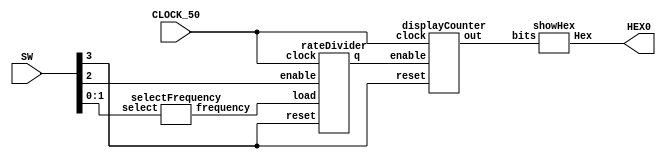
module part2(HEX0, SW, CLOCK_50);
	input [3:0] SW;
	input CLOCK_50;

	output [6:0] HEX0;
	
	wire [27:0] load;
	wire en;
	wire [3:0] out;
	
	selectFrequency sf(.select(SW[1:0]), .frequency(load));
	rateDivider rd(.load(load), .enable(SW[2]), .clock(CLOCK_50), .reset(SW[3]), .q(en));
	displayCounter dc(.enable(en), .clock(CLOCK_50), .reset(SW[3]), .out(out));
	showHex sh(.bits(out), .Hex(HEX0));
endmodule

module selectFrequency(select, frequency);
	input [1:0] select;
	output reg [27:0] frequency;
		
	always @(*)
	begin
		case(select[1:0])
			2'b00: frequency = 28'd0;
			2'b01: frequency = 28'd49_999_999;
			2'b10: frequency = 28'd99_999_999;
			2'b11: frequency = 28'd199_999_999;
			default: frequency = 28'd0;
		endcase
	end
endmodule

module rateDivider(load, enable, clock, reset, q);
	input [27:0] load;
	input enable, clock, reset;
	output q;
	
	reg [27:0] out;
	
	always @(posedge clock)
	begin
		if(reset == 1'b0)
			out <= load[27:0];
		else if(enable == 1'b1)
		begin
			if(out == 28'd0)
				out <= load;
			else
				out = out - 1'b1;
		end
	end
	
	assign q = (out == 28'd0) ? 1 : 0;
endmodule

module displayCounter(enable, clock, reset, out);
	input enable, clock, reset;
	output reg [3:0] out;
	
	always @(posedge clock)
	begin
		if(reset == 1'b0)
			out <= 4'b0000;
		else if(enable == 1'b1)
		begin
			if(out == 4'b1111)
				out <= 4'b0000;
			else
				out <= out + 1'b1;
		end
	end
endmodule

module showHex(bits, Hex);
	input [3:0] bits;
	output [6:0] Hex;

	Zero zero(.a(bits[3]),
			    .b(bits[2]), 
			    .c(bits[1]), 
				 .d(bits[0]),
				 .ret(Hex[0]));
	One one(.a(bits[3]),
			  .b(bits[2]), 
			  .c(bits[1]), 
			  .d(bits[0]),
			  .ret(Hex[1]));
	Two two(.a(bits[3]),
			  .b(bits[2]), 
			  .c(bits[1]), 
			  .d(bits[0]),
			  .ret(Hex[2]));
	Three three(.a(bits[3]),
		         .b(bits[2]), 
					.c(bits[1]), 
					.d(bits[0]),
					.ret(Hex[3]));
	Four four(.a(bits[3]),
				 .b(bits[2]), 
				 .c(bits[1]), 
				 .d(bits[0]),
				 .ret(Hex[4]));
	Five five(.a(bits[3]),
		       .b(bits[2]), 
				 .c(bits[1]), 
				 .d(bits[0]),
		  .ret(Hex[5]));
	Six six(.a(bits[3]),
		     .b(bits[2]), 
		     .c(bits[1]), 
		     .d(bits[0]),
		     .ret(Hex[6]));
endmodule
		 

module Zero(a, b, c, d, ret);
	input a, b, c, d;
	output ret;
	assign ret = ~a & ~b & ~c & d | ~a & b & ~c & ~d | a & ~b & c & d | a & b & ~c & d;
endmodule


module One(a, b, c, d, ret);
	input a, b, c, d;
	output ret;
	assign ret = ~a & b & ~c & d | a & b & ~c & ~d | a & c & d | b & c & ~d;
endmodule


module Two(a, b, c, d, ret);
	input a, b, c, d;
	output ret;
	assign ret = a & b & ~c & ~d | ~a & ~b & c & ~d | a & b & c;
endmodule


module Three(a, b, c, d, ret);
	input a, b, c, d;
	output ret;
	assign ret = ~a & b & ~c & ~d | ~b & ~c & d | b & c & d | a & ~b & c & ~d;
endmodule


module Four(a, b, c, d, ret);
	input a, b, c, d;
	output ret;
	assign ret = ~a & b & ~c | ~a & c & d | ~b & ~c & d;
endmodule


module Five(a, b, c, d, ret);
	input a, b, c, d;
	output ret;
	assign ret = ~a & ~b & ~c & d | a & b & ~c & d | ~a & ~b & c & ~d | ~a & c & d;
endmodule


module Six(a, b, c, d, ret);
	input a, b, c, d;
	output ret;
	assign ret = ~a & b & c & d | a & b & ~c & ~d | ~a & ~b & ~c;
endmodule